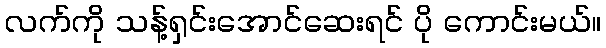
လက်ကို သန့်ရှင်းအောင်ဆေးရင် ပို ကောင်းမယ်။